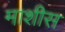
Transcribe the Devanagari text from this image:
माशीस